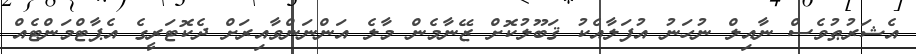
އެޝަރުޠުވެސް ނާއިލް ނުހަނު އުފަލާއެކު ޤަބޫލުކޮށް ޒޭނާމެން މާލެ އަންނަންވާއިރަށް ދެކޮޓަރީގެ އެޕާޓްމަންޓެއް